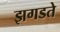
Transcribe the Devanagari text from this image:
झगडते